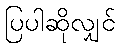
ပြပါဆိုလျှင်